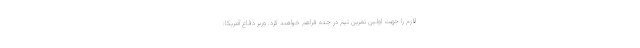
لازم را جهت اولین تمرین تیم در جده فراهم خواهند کرد. وزیر دفاع آمریکا: